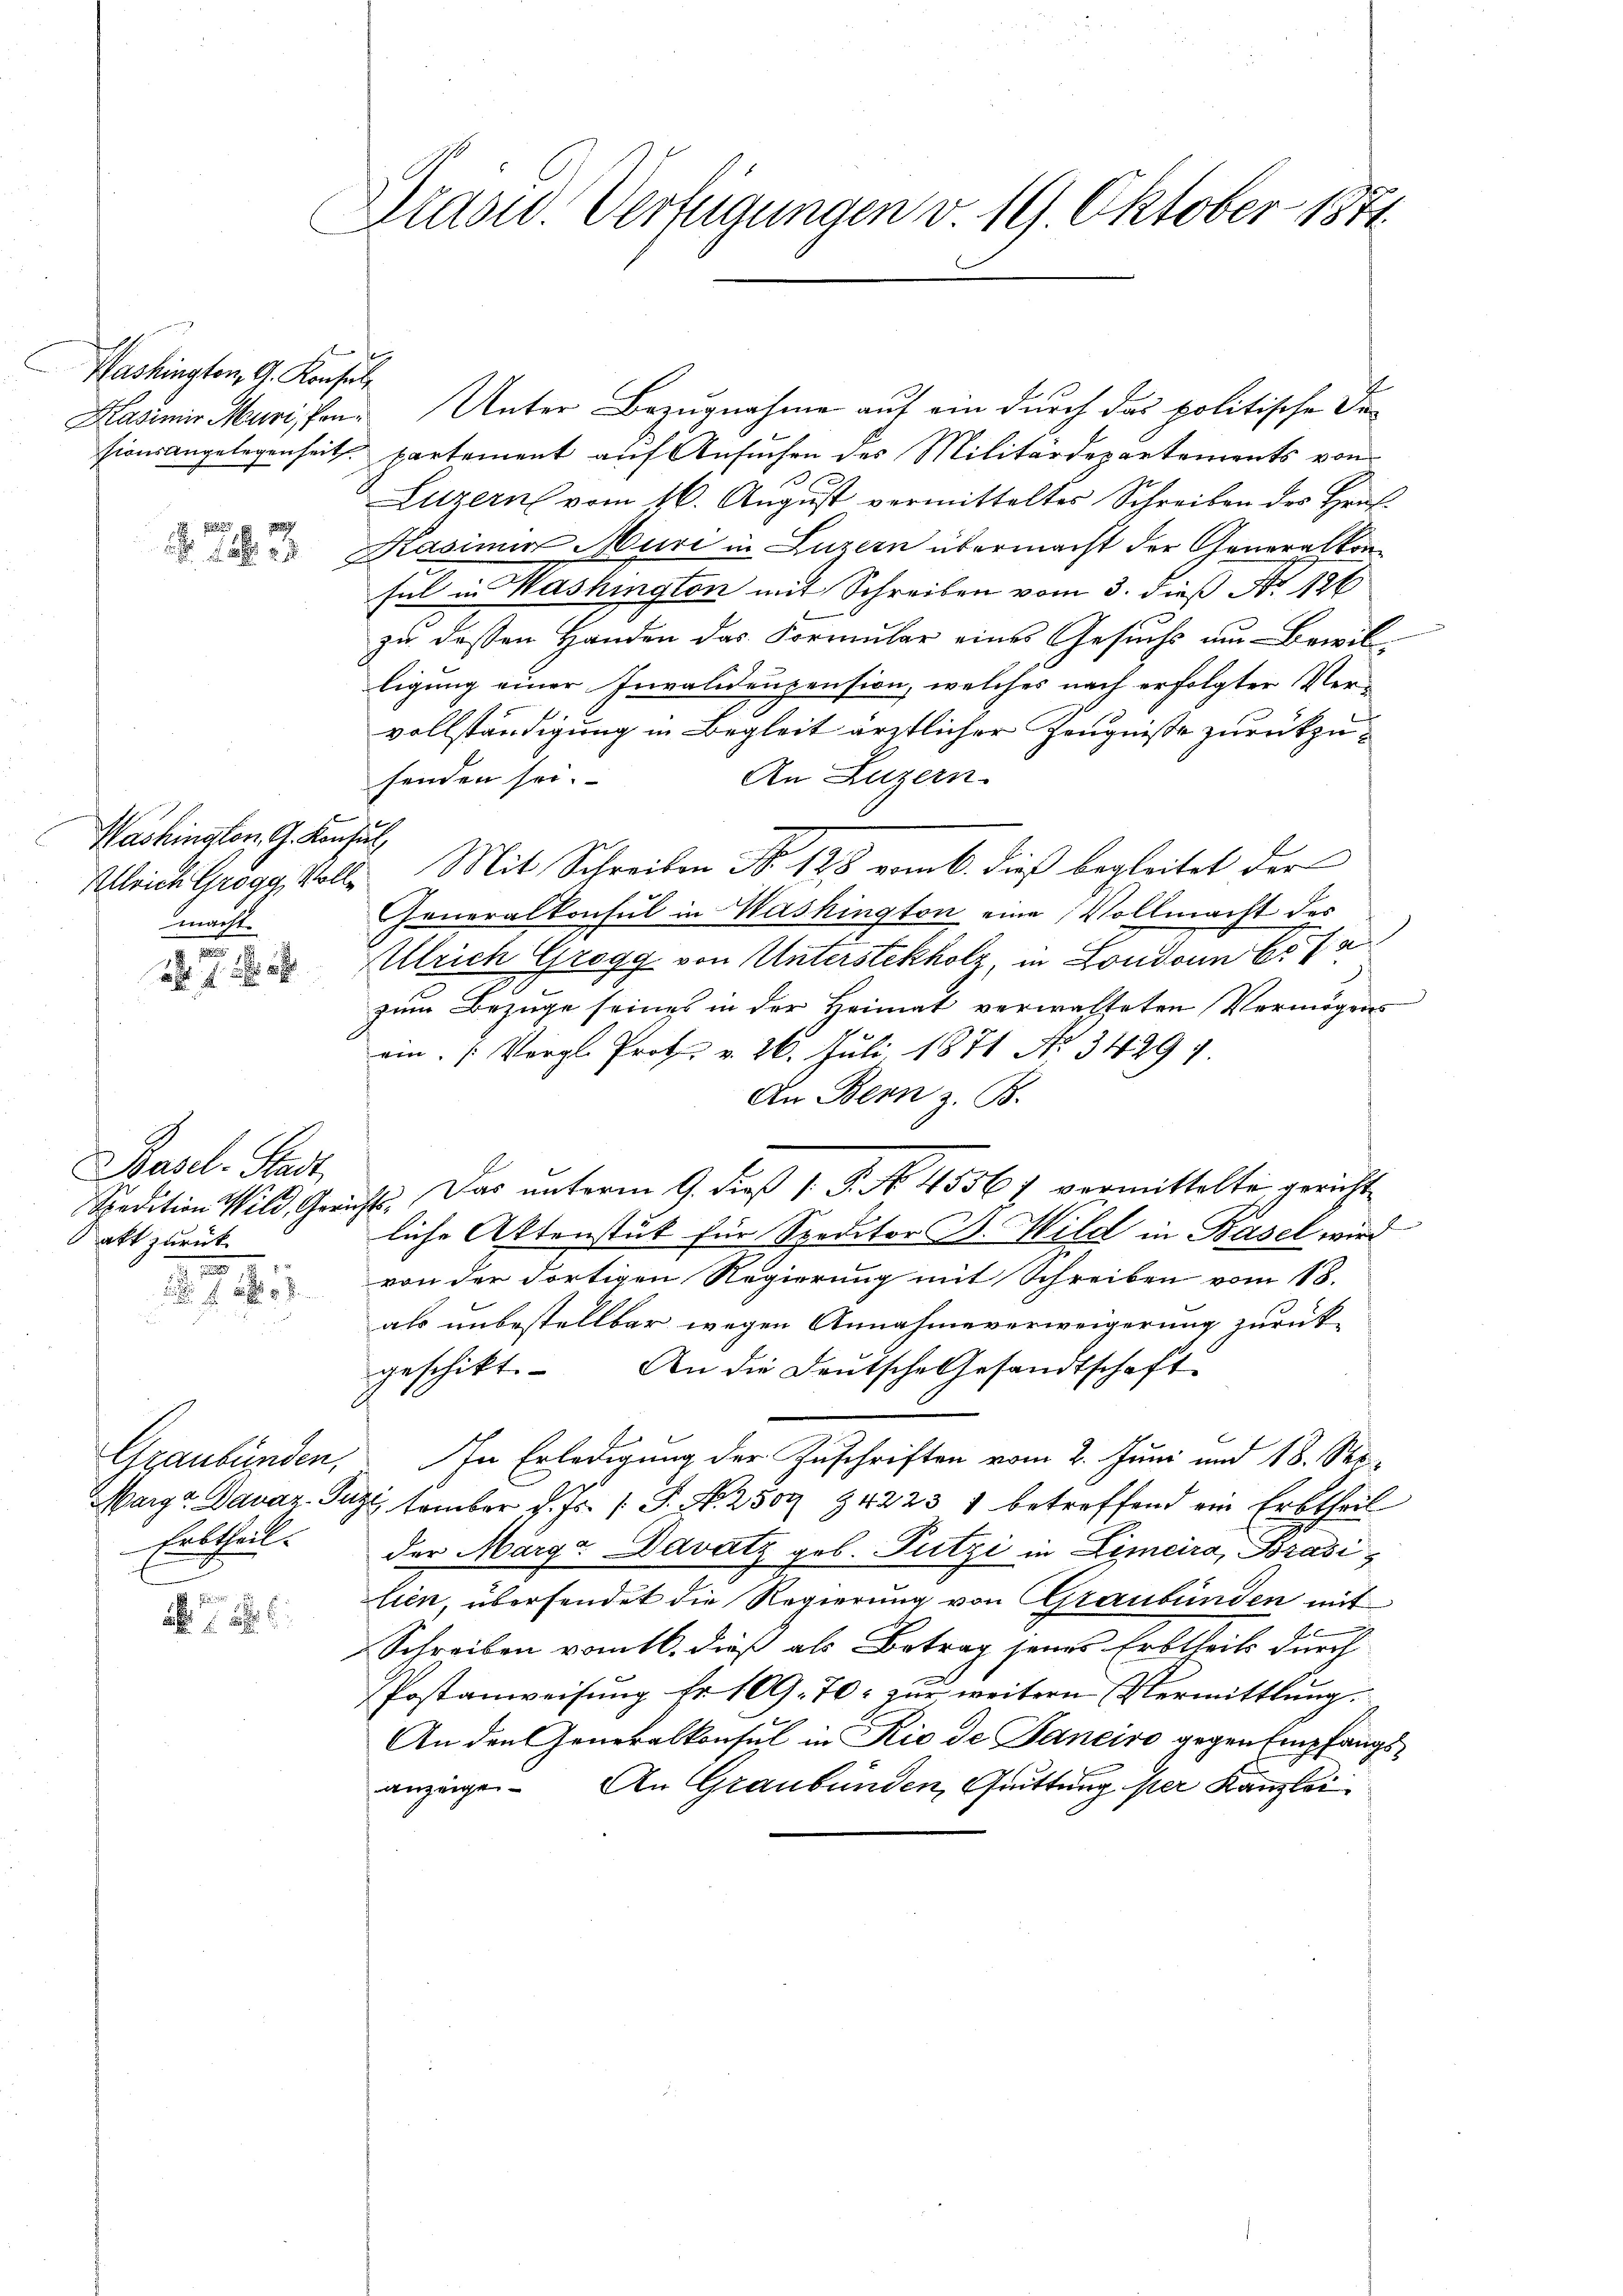
Washington, G. Konsul

Washington, G. Konsul,
macht.

1
a. f.

Basel. Stadt
akt zurück
.

Erbtheil.

Dradw. Verfügungen v. 19. Oktober 1871.

Kasimir Marischen. Unter Bezugnahme auf ein durch das politische Desionsangelegenheit partement auf Ansuchen des Militärdepartements von
Litzern vom 16. Aŭgŭst vermitteltes Schreiben des Hrn.
 Kasimir Muri in Luzern übermacht der Generalkonfel in Washington mit Schreiben vom 3. dieß No 126
zu dessen Handen das Formular eines Gesuchs um Bewilligung einer Invalidenzension, welches nach erfolgter Ver-
vollständigung in Begleit ärztlicher Zeugnisse zurückzu¬
An Luzern.
senden sei.
Ulrich Grogy, Volle Mit Schreiben No 128 vom 6. dieß begleitet der
Generalkonsul in Washington eine Vollmacht des
Ulrich Grogg von Unterstekholz, in Londoun 65 f
zum Bezuge seines in der Heimat verwachteten Vermögens
am. Vergl. Prot. v. 26. Juli 1871 No 34291.
An Bern z. B.
Spedition Wild, Greift. Das unterm 9. dieß P. P. No. 45567 vermittelte, gericht
liche Aktenstut für Speditor B. Wild in Basel wird
von der dortigen Regierung mit Schreiben vom 18.
als unbestellbar wegen Annahmeverweigerung zurückgeschikt. An die Deutsche Gesandtschaft
Graubünden, In Erledigung der Zuschriften vom 2. Juni und 18. Sep-
Marge Davaz Partember d. Js. 1. P. Nr. 2509 94223 1 betreffend ein Erbtheil
der Margr Davatz geb. Putzi in Limcira, Brasilien, übersendet die Regierung von Graubünden mit
Schreiben vom 16. dieß als Betrag jenes Erbtheils durch
Postanweisung fr. 109. 70: zur weitern Vermittlung.
An den Generalkonsul in Rio de Janeiro gegen Empfangsanzeigen. An Graubünden, Grüttung per Kanzlei